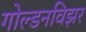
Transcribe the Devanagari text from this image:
गोल्डनविझर